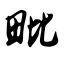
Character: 毗